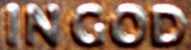
IN GOD